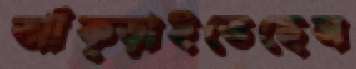
আঁক্‌ড়াইতেছেন